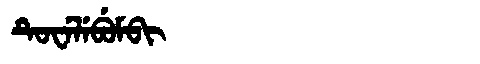
Manchu: ᡨᡠᠸᡝᠯᡝᠪᡠᠮᠪᡳ
Romanization: TUWELEBUMBI